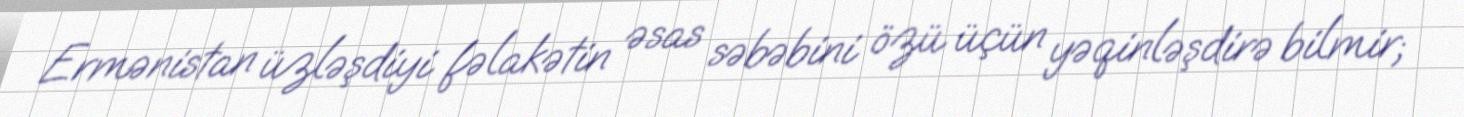
Ermənistan üzləşdiyi fəlakətin əsas səbəbini özü üçün yəqinləşdirə bilmir;